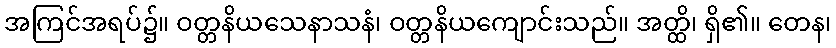
အကြင်အရပ်၌။ ဝတ္တနိယသေနာသနံ၊ ဝတ္တနိယကျောင်းသည်။ အတ္ထိ၊ ရှိ၏။ တေန၊